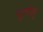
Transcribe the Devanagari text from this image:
पूर्णत्